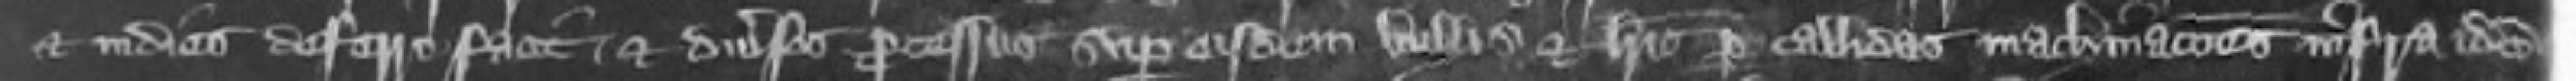
et indies deferre facit et diverses processus super eisdem bullis et libros per callidas machinationes infra idem